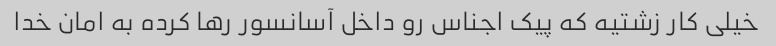
خیلی کار زشتیه که پیک اجناس رو داخل آسانسور رها کرده به امان خدا